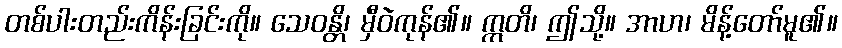
တစ်ပါးတည်းကိန်းခြင်းကို။ သေဝန္တိ၊ မှီဝဲကုန်၏။ ဣတိ၊ ဤသို့။ အာဟ၊ မိန့်တော်မူ၏။